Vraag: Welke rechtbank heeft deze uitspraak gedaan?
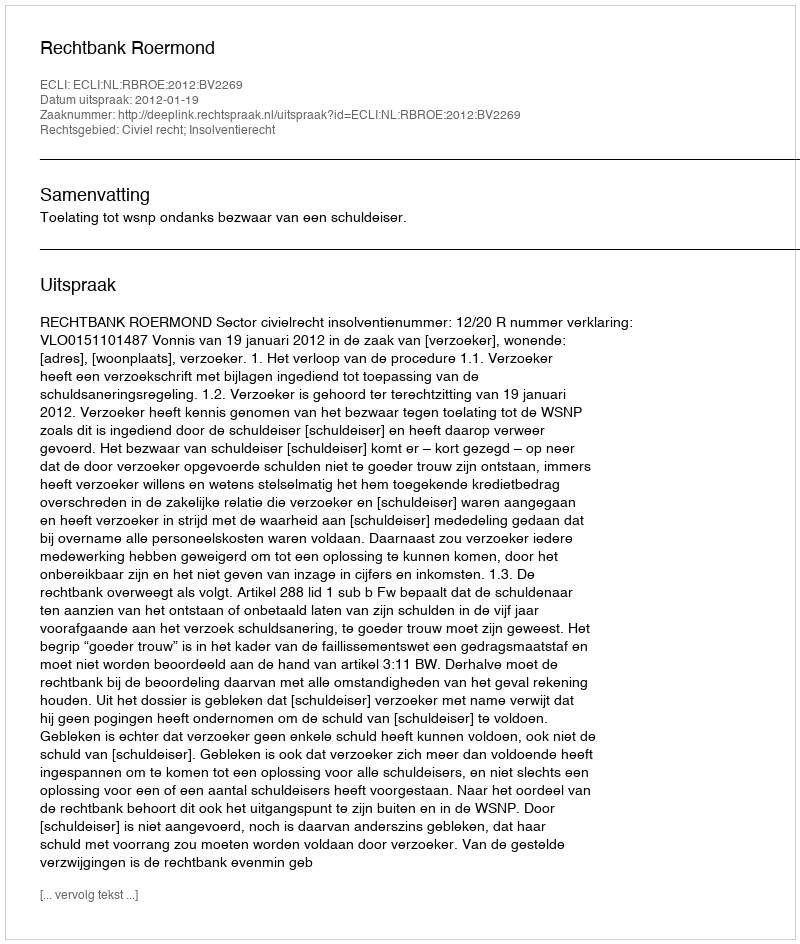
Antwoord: Rechtbank Roermond